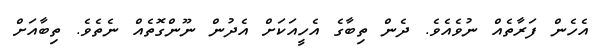
އެހެން ފަރާތެއް ނުވެއެވެ. ދެން ތިބާގެ އެހީއަކަށް އެދުން ނޫންގޮތެއް ނެތެވެ. ތިބާއަށް